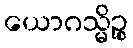
ယောဂသ္မိဉ္စ